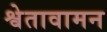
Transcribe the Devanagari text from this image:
श्वेतावामन